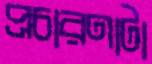
প্রচারণাটা